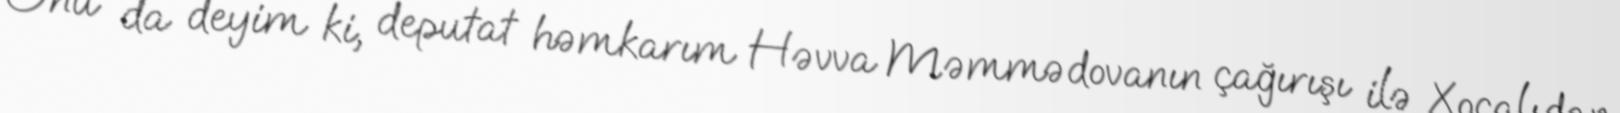
Onu da deyim ki, deputat həmkarım Həvva Məmmədovanın çağırışı ilə Xocalıdan